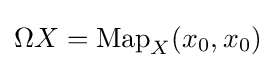
\Omega X=\operatorname {Map} _{X}(x_{0},x_{0})